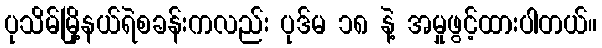
ပုသိမ်မြို့နယ်ရဲစခန်းကလည်း ပုဒ်မ ၁၈ နဲ့ အမှုဖွင့်ထားပါတယ်။